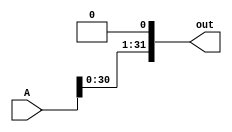
`timescale 1ns / 1ps

module N_bit_shiftleft #(parameter N=32)(input [N-1:0]A, output [N-1:0]out);

assign out = {  A[N-2:0], 1'b0};

endmodule